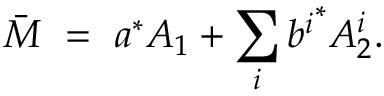
\bar { M } \ = \ a ^ { \ast } A _ { 1 } + \sum _ { i } { b ^ { i } } ^ { \ast } A _ { 2 } ^ { i } .